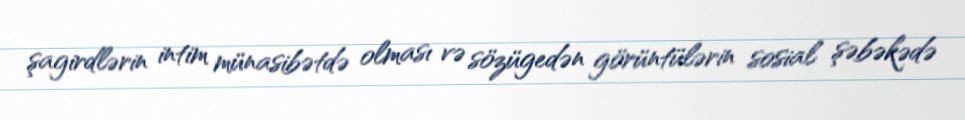
şagirdlərin intim münasibətdə olması və sözügedən görüntülərin sosial şəbəkədə